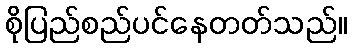
စိုပြည်စည်ပင်နေတတ်သည်။